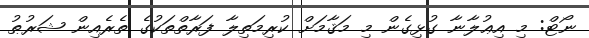
ނޯޓް: މި އިޢުލާނާ ގުޅިގެން މި މަޤާމަށް ކުރިމަތިލާ ފަރާތްތަކުގެ ތެރެއިން ޝަރުޠު